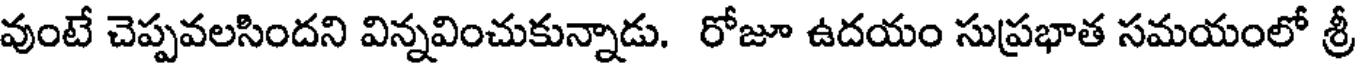
వుంటే చెప్పవలసిందని విన్నవించుకున్నాడు. రోజూ ఉదయం సుప్రభాత సమయంలో శ్రీ